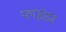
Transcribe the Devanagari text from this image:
फ़ाइंडर